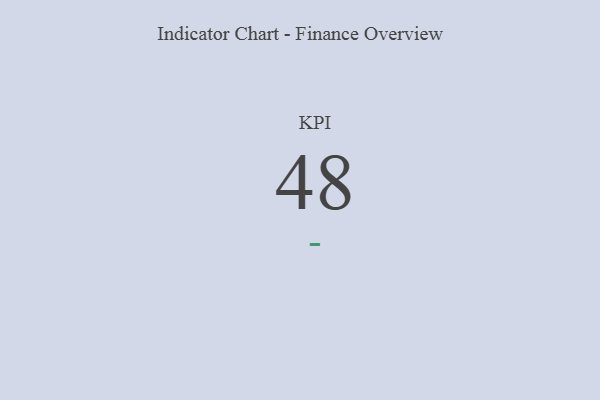
{"axis": {"x": "KPI", "y": "Value"}, "legend": [""], "data": [{"x": "KPI", "y": 48, "type": ""}]}